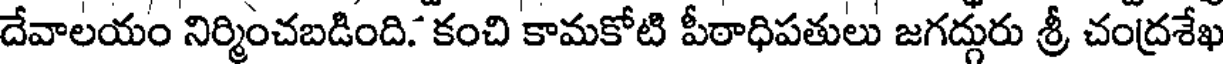
దేవాలయం నిర్మించబడింది. కంచి కామకోటి పీఠాధిపతులు జగద్గురు శ్రీ చంద్రశేఖ